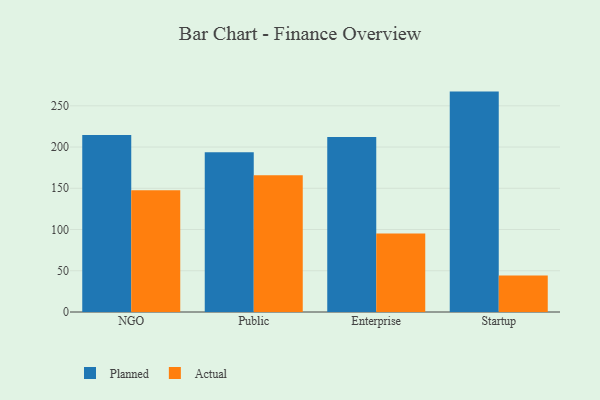
{"axis": {"x": "Segment", "y": "Conversion Rate (%)"}, "legend": ["Actual", "Planned"], "data": [{"x": "NGO", "y": 214.6, "type": "Planned"}, {"x": "NGO", "y": 147.7, "type": "Actual"}, {"x": "Public", "y": 193.6, "type": "Planned"}, {"x": "Public", "y": 165.9, "type": "Actual"}, {"x": "Enterprise", "y": 212.1, "type": "Planned"}, {"x": "Enterprise", "y": 95.1, "type": "Actual"}, {"x": "Startup", "y": 267.2, "type": "Planned"}, {"x": "Startup", "y": 44.1, "type": "Actual"}]}